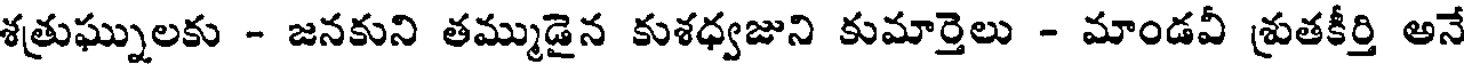
శత్రుఘ్నులకు - జనకుని తమ్ముడైన కుశధ్వజుని కుమార్తెలు - మాండవీ శ్రుతకీర్తి అనే